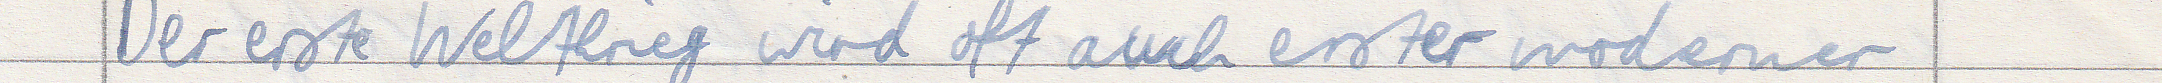
Der erste Weltkrieg wird oft auch erster moderner